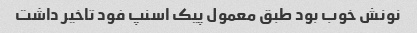
نونش خوب بود طبق معمول پیک اسنپ فود تاخیر داشت